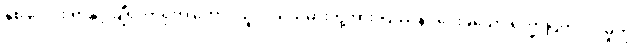
နှစ် ပေါင်း ရာနှင့် ချီ၍ တရုတ် တောင်သူလယ်သမားတို့အား ပြဿနာ ပေးခဲ့သော ရိက္ခာပြတ်လပ်မှုကို